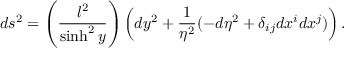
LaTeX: d s ^ { 2 } = \left( \frac { l ^ { 2 } } { \sinh ^ { 2 } y } \right) \left( d y ^ { 2 } + \frac { 1 } { \eta ^ { 2 } } ( - d \eta ^ { 2 } + \delta _ { i j } d x ^ { i } d x ^ { j } ) \right) .